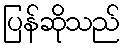
ပြန်ဆိုသည်